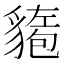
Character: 𫎍